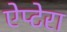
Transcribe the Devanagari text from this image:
ऐप्टेरा